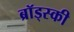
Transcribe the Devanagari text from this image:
ब्रॉड्स्की